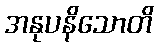
အနုပနိသောတိ